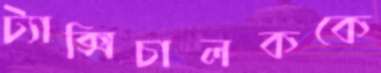
ট্যাক্সিচালককে